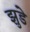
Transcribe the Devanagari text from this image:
झुडे